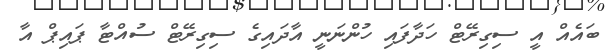
ބައެއް އީ ސިގިރޭޓް ހަދާފައި ހުންނަނީ އާދައިގެ ސިގިރޭޓް ސުއްޓާ ޕައިޕް އާ